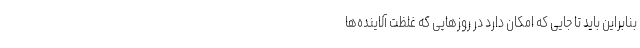
بنابراین باید تا جایی که امکان دارد در روزهایی که غلظت آلاینده‌ها